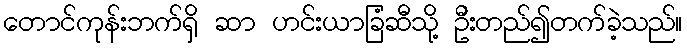
တောင်ကုန်းဘက်ရှိ ဆာ ဟင်းယာခြံဆီသို့ ဦးတည်၍တက်ခဲ့သည်။